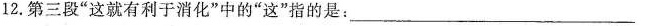
12.第三段”这就有利于消化”中的”这”指的是：___